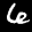
Label: 6